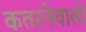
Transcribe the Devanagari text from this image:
कतरनेवालों